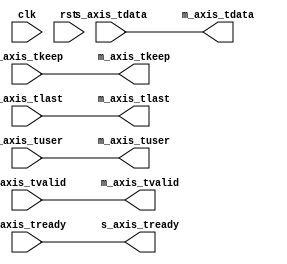
// SPDX-License-Identifier: BSD-2-Clause-Views
/*
 * Copyright (c) 2021-2023 The Regents of the University of California
 */

// Language: Verilog 2001

`resetall
`timescale 1ns / 1ps
`default_nettype none

/*
 * NIC layer 2 ingress processing
 */
module mqnic_l2_ingress #
(
    // Width of AXI stream interfaces in bits
    parameter AXIS_DATA_WIDTH = 256,
    // AXI stream tkeep signal width (words per cycle)
    parameter AXIS_KEEP_WIDTH = AXIS_DATA_WIDTH/8,
    // AXI stream tuser signal width
    parameter AXIS_USER_WIDTH = 1,
    // Can apply backpressure with tready
    parameter AXIS_USE_READY = 0
)
(
    input  wire                             clk,
    input  wire                             rst,

    /*
     * Receive data input
     */
    input  wire [AXIS_DATA_WIDTH-1:0]       s_axis_tdata,
    input  wire [AXIS_KEEP_WIDTH-1:0]       s_axis_tkeep,
    input  wire                             s_axis_tvalid,
    output wire                             s_axis_tready,
    input  wire                             s_axis_tlast,
    input  wire [AXIS_USER_WIDTH-1:0]       s_axis_tuser,

    /*
     * Receive data output
     */
    output wire [AXIS_DATA_WIDTH-1:0]       m_axis_tdata,
    output wire [AXIS_KEEP_WIDTH-1:0]       m_axis_tkeep,
    output wire                             m_axis_tvalid,
    input  wire                             m_axis_tready,
    output wire                             m_axis_tlast,
    output wire [AXIS_USER_WIDTH-1:0]       m_axis_tuser
);

// placeholder
assign m_axis_tdata = s_axis_tdata;
assign m_axis_tkeep = s_axis_tkeep;
assign m_axis_tvalid = s_axis_tvalid;
assign s_axis_tready = m_axis_tready;
assign m_axis_tlast = s_axis_tlast;
assign m_axis_tuser = s_axis_tuser;

endmodule

`resetall